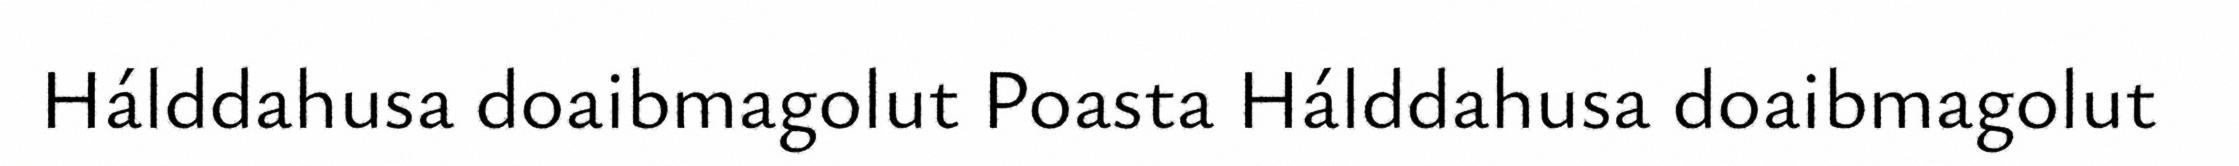
Hálddahusa doaibmagolut Poasta Hálddahusa doaibmagolut